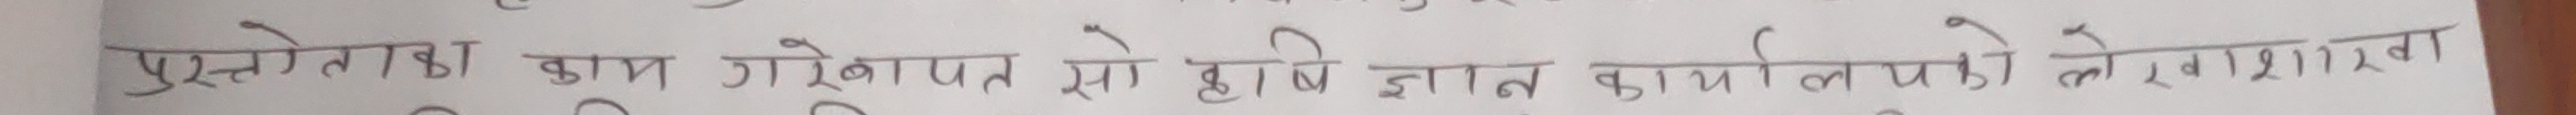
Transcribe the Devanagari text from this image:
पुस्तलेखन काम गरेकोपत्त सो हषि ज्ञात कार्यलयको लेखाप्रमाण